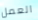
العمل